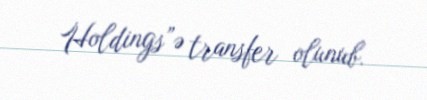
Holdings”ə transfer olunub.